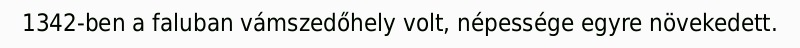
1342-ben a faluban vámszedőhely volt, népessége egyre növekedett.